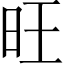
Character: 旺